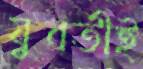
যুবতীই